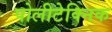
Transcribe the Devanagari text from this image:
पोलीटेक्निक